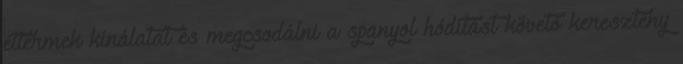
éttermek kínálatát és megcsodálni a spanyol hódítást követő keresztény